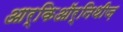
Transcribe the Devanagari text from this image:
आर्किऑर्निथीज़